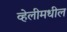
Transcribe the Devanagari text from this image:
व्हेलीमधील